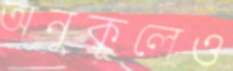
অনুকূলেও